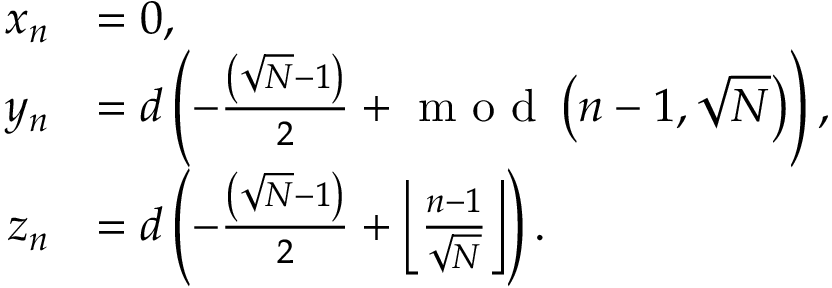
\begin{array} { r l } { x _ { n } } & { = 0 , } \\ { y _ { n } } & { = d \left( - \frac { \left( \sqrt { N } - 1 \right) } { 2 } + \textrm { m o d } \left( n - 1 , \sqrt { N } \right) \right) , } \\ { z _ { n } } & { = d \left( - \frac { \left( \sqrt { N } - 1 \right) } { 2 } + \left\lfloor \frac { n - 1 } { \sqrt { N } } \right\rfloor \right) . } \end{array}